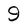
Character: 9